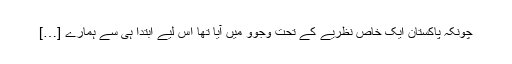
چونکہ پاکستان ایک خاص نظریے کے تحت وجوو میں آیا تھا اس لیے ابتدا ہی سے ہمارے […]